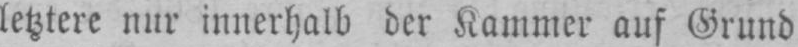
letztere nur innerhalb der Kammer auf Grund